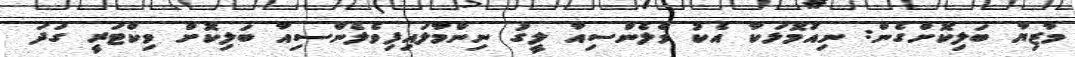
މާޒިޔާ ބަލިކޮށްގެން: ނިއުމޮޅަކާ އެކު ވެލެންސިއާ ލީގު ނިންމާލައިފިވެލެންސިއާ ބަލިކޮށް ވިކްޓަރީ ގަދަ